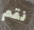
نقم